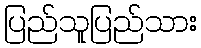
ပြည်သူပြည်သား